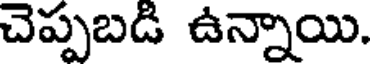
చెప్పబడి ఉన్నాయి.